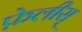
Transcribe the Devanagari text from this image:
फ़ेलीस्